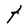
Character: t